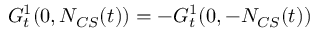
G _ { t } ^ { 1 } ( 0 , N _ { C S } ( t ) ) = - G _ { t } ^ { 1 } ( 0 , - N _ { C S } ( t ) )